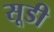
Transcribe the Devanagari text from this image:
सूडी